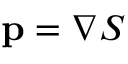
\mathbf { p } = \nabla S